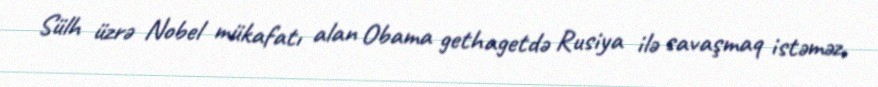
Sülh üzrə Nobel mükafatı alan Obama gethagetdə Rusiya ilə savaşmaq istəməz,